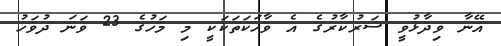
އޭނާ ވިދާޅުވީ ސަރުކާރުގެ އެ ވާހަކަތަކަކީ މި މަހުގެ 23 ވަނަ ދުވަހު